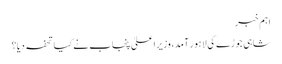
اہم خبر
شاہی جوڑے کی لاہور آمد، وزیراعلیٰ پنجاب نے کیا تحفہ دیا؟